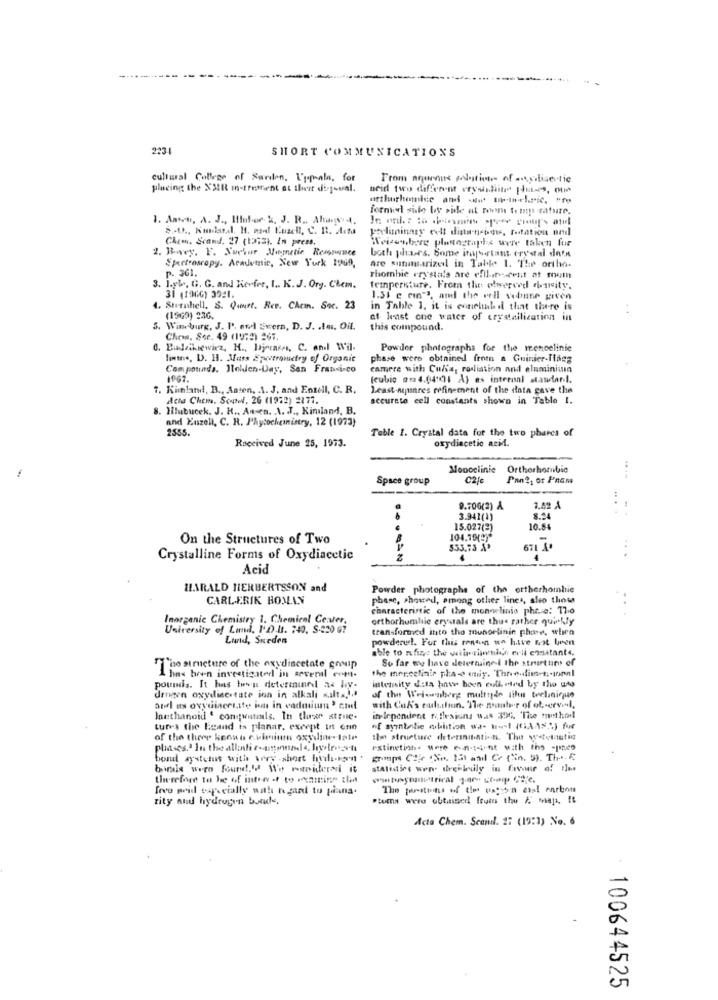
973
SHORT COMMUNICATIONS
cultural Coller of Sandon. L'pasta, for
From aquiaus polation of anglisentic
placing the XMIR in-trement at theit dij-wal.
neid two different crysislitr Finnes, Que
formel side by side at nowym temys mature.
1. Ansen, A. J ., Motor- &, J. R ., Ahvid,
preliminary eelt diaw-neons, Tostation and
Chem. Scand. 27 (13731. In press.
Weisenbare plantographs were taken fur
2. Bovey, F. Suchur Magnetic Resonance
both pha-rs. Some important crystal dinin
Spectroscopy. Acadetnic, New York 1960,
Are summarized in Table 1. The ortho-
P. 361.
Thombie crystals are efilan -- cent at mouth
3. L.yle, C. C. and Rerfer, I. K. J. Org. Chem.
temperature. From the olwerved density.
31 (1966) 3921.
1.31 g cm"3, and the well vedne given
. Sternhell. S. Quurt. Ree. Chem. Soc. 23
in Table 1. it is conelib il that there is
(1969) 230.
at least one water of crystallization in
5. Wineburg, J. P. owd Evern, D. J. . das, Oil.
this compound.
Chew. See. 49 (1973) 267.
6. Budeikiewicz, H ., Diecase, C. and W'il.
Powder photographs for the mencelinie
Simms, D. H. Muss Spectrometry of Organic
phase were obtained from a Guinier-Tlaeg
Compounds. Ilollen-Day, San Francisco
camere with Cula, rosliation and elnminiun
1967.
(cubic am 4.04:()1 A) es internal standard.
7. Kinland, B ., Aaten, A. J. and Entell, C. R.
Least-ngunres refinement of the data gave the
Acta Chem. Soutel. 26 (1972) 2177.
accurate cell constants shown in Table I.
8. Hlubucek. J. H ., A4 n. A. J ., Kimland, B.
and Enzell, C. R. Phytochemistry, 12 (1973)
2555.
Table 1. Crystal date for the two phares of
oxydiacetic acid.
Received June 25, 1973.
Monoclinic
Orthorhornbic
Space group
C2/c
Pan21 ot Pnam
9.700(2) A
3.941(1)
8.24
15.027(2)
10.84
On the Structures of Two
533,73 A
671 J'
Crystalline Forms of Oxydiacetic
Acid
HARALD HERBERTSSON and
Powder photographs of the ortherhomlie
CARLERIK BOJLY
phase, showed, among other lines, aleo those
characteristic of the monnelinis phere: 17.0
Inorganic Chemistry 1. Chemical Center.
orthorhumalsie crystals are thus rather quickly
University of Land, I'D).Ut. 240. S.220 G7
transformed into the munorlinin phase, when
Lund, Sueden
powdered. For this reason uo have not been
able to nfing the wilerinmich erli comitante,
So far we have determined the structure of
'iso structure of the oxydiacetate conip
the mercefinis pla-o enig. Threadiere-mal
1 has been investigated in several even-
pounds. It has twou determinedl as liv.
intensity dita have been eutheted by the uto
drnavn oxydiacetate ion in alkali salts2.ª
of the Weissenberg multide tihn teclinicno
atil us oxydiacesite is in cadmium' cid
with Cu&'s culttion. The saber of ot-erval,
Inethanoid ' con;wntils. In theer atrue.
itvlependent fi, flexions was 390, 'Tice method
tures the Eeand is planar, except in erin
of ayintodie wbiition was Hus! (GIAASS) fue
of the there keons culminm oxydine late
the structure deterinitiation, The weethetig
phases.' In the allenli entonad4, hydroovn
extinction were ent4ist with the -paneo
bond systetus with very short havde-korn
group Cor (No. 151 and Cr (Sin. b). The 6
birals were found,' We woniderari it
atAlidirt www. drehbuly in favor of !les
therefore to he of intent to Ponting tlidt
[ovo poid typ cially watt he gaard to piana.
rity and hydrogen bonds,
"turns were obtained! Ituiu the A. maps, it
Acta Chem. Scand. 27 (19:1) No. 6
100644525